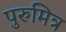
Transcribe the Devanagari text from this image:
पुरुमित्र